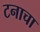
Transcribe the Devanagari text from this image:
टनाचा